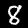
Digit: 8